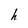
Character: h